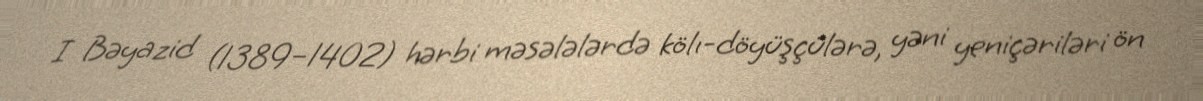
I Bəyazid (1389–1402) hərbi məsələlərdə kölı-döyüşçülərə, yəni yeniçəriləri ön